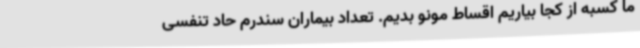
ما کسبه از کجا بیاریم اقساط مونو بدیم. تعداد بیماران سندرم حاد تنفسی